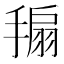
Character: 𢲒